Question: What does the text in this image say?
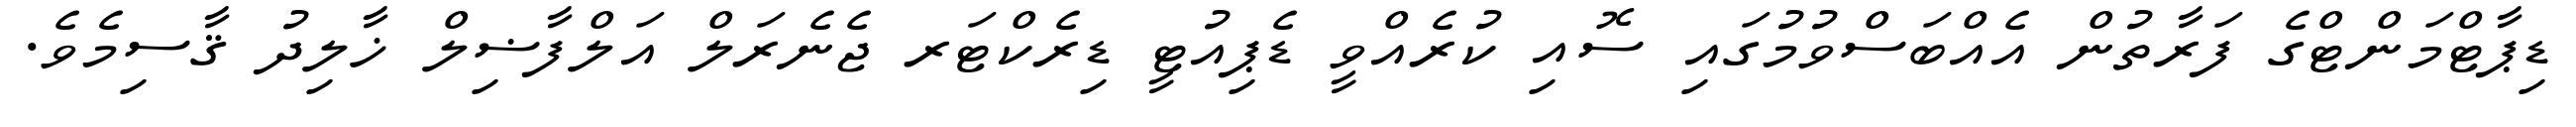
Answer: ޑިޕާޓްމަންޓްގެ ފަރާތުން އެއްބަސްވުމުގައި ސޮއި ކުރެއްވީ ޑެޕިއުޓީ ޑިރެކްޓަރ ޖެނެރަލް އަލްފާޟިލް ޚާލިދު ޤާސިމެވެ.